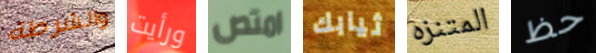
والشرطة ورأيت امتص ثيابك المتنزه حظ